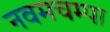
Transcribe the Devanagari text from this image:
नवमचम्पा